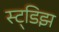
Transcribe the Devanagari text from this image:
स्ट्डिझ